Black-water fever - Number 35
Disease focus: Fever
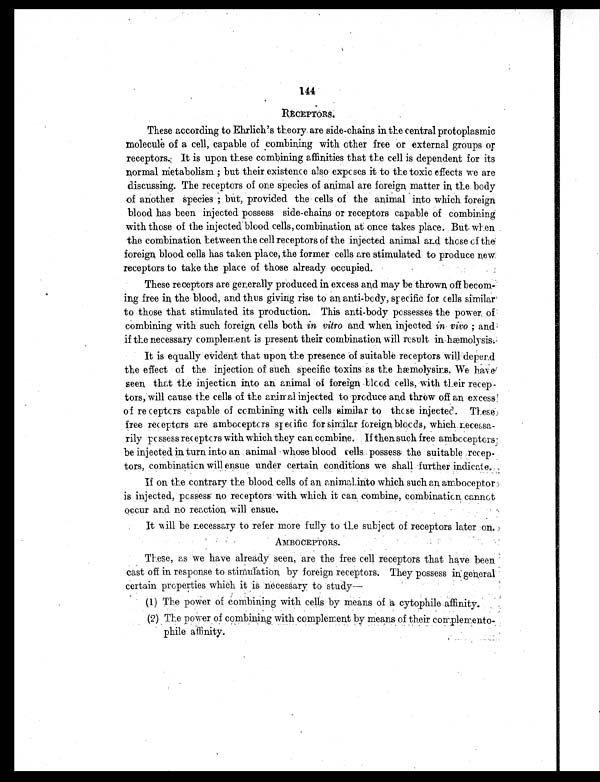
144
RECEPTORS.
These according to Ehrlich's theory are side-chains in the central protoplasmic
m o l e c u l e o f a c e l l , c a p a b l e o f c o m b i n i n g w i t h o t h e r f r e e o r e x t e r n a l g r o u p s o r
receptors.; It is upon these combining affinities that the cell is dependent for its
normal metabolism ; but their existence also exposes it to the toxic effects we are
discussing. The receptors of one species of animal are foreign, matter in, the body
of anot her speci es ; but pr ovi ded t he cel l s of t he ani mal i nt o whi ch f or ei gn
blood has been injected possess side-chains or receptors capable of combining
with those of the injected blood cells, combination at once takes place. But when
the combination between the cell receptors of the injected animal and those of the
foreign blood cells has taken place, the former cells are stimulated to produce new
receptors to take the place of those already occupied.
These receptors are generally produced in excess and may be thrown, off becom-
ing free in, the blood, and thus giving rise to an anti-body, specific for cells similar
to those that stimulated its production. This anti-body possesses the power, of
combining with such foreign, cells both in vitro and when, injected in vivo ; and
if the necessary complement is present their combination will result in hæmolysis.
It is equally evident that upon the presence of suitable receptors wilt depend
the effect of the injection of such specific toxins as the hæmolysis. We have
seen that the injection into an. animal of foreign .blood cells, with their recep-
tors, will cause the cells of the animal injected to produce and throw off an excess
of receptors capable of combining with cells similar to these injected. These
free receptors are amboceptors specific for similar foreign, bloods, which necessa-
rily possess receptors with which they can combine. If then such free amboceptors
be injected in. turn into an animal 'whose blood cells possess the suitable recep-
tors, combination will ensue under certain, conditions we shall further indicate.
If on the contrary the blood cells of an animal into which such an, amboceptor
is injected, possess. no receptors with which it can, combine, combination cannot
occur and no reaction, will ensue.
It mill be necessary to refer more fully to the subject of receptors later on.
AMBOCEPTORS.
These, as we have already seen, are the free cell receptors that have been
cast off in response to stimulation, by foreign receptors. They possess in general
certain properties whichit is necessary to study—
(1) The power of combining with cells by means of a cytophile affinity
.
(2) The power of combining with complement by means of their complemento-
phile affinity.